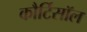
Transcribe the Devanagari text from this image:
कौर्टिसॉल